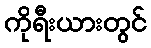
ကိုရီးယားတွင်